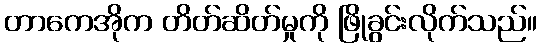
တာကေအိုက တိတ်ဆိတ်မှုကို ဖြိုခွင်းလိုက်သည်။